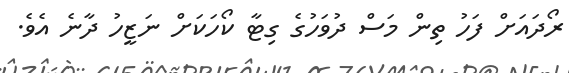
ރޯދައަށް ފަހު ތިން މަސް ދުވަހުގެ ގިޓާ ކޯހަކަށް ނަޒީހު ދާނެ އެވެ.